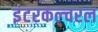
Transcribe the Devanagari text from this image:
इंटरकल्चरल